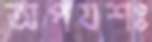
অপযশঃ